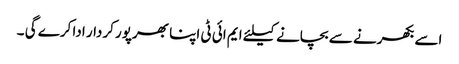
اسے بکھرنے سے بچانے کیلئے ایم ائی ٹی اپنا بھرپور کردار ادا کرے گی ۔